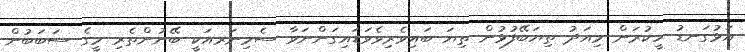
އަޅުގަނޑު ހީކުރަން މިއަދު ތިޔަބޭފުޅުން ތިޔަ ބައިވެރިވެވަޑައިގަންނަވާ ސެމިނަރއަކީ ބޭނުންތެރި މީގެ ސަބަބުން